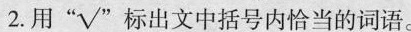
2.用”√”标出文中括号内恰当的词语。